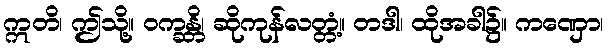
ဣတိ၊ ဤသို့။ ဝက္ခန္တိ၊ ဆိုကုန်လတ္တံ့။ တဒါ၊ ထိုအခါ၌။ ကဏှော၊